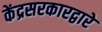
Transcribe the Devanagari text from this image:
केंद्रसरकारद्वारे